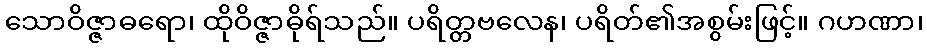
သောဝိဇ္ဇာဓရော၊ ထိုဝိဇ္ဇာဓိုရ်သည်။ ပရိတ္တဗလေန၊ ပရိတ်၏အစွမ်းဖြင့်။ ဂဟဏာ၊